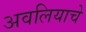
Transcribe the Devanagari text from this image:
अवलियाचे